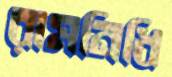
রামনিধি